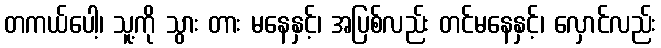
တကယ်ပေါ့၊ သူ့ကို သွား တား မနေနှင့်၊ အပြစ်လည်း တင်မနေနှင့်၊ လှောင်လည်း